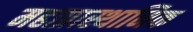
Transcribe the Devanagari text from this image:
महाप्रास्थानिक